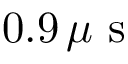
0 . 9 \, \mu \mathrm { ~ s ~ }